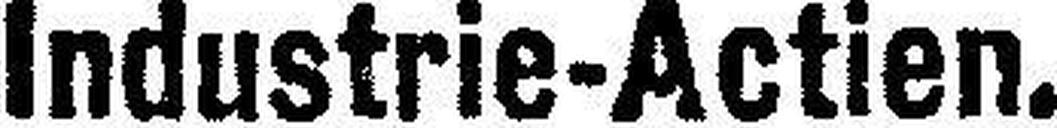
Industrie-Actien.